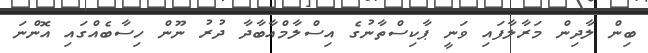
ބިން ލާދިން މަރާލާފައި ވަނީ ޕާކިސްތާނުގެ އިސްލާމްއާބާދާ ދުރު ނޫން ހިސާބެއްގައި އޮންނަ